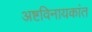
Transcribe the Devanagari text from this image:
अष्टविनायकांत